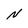
Character: N